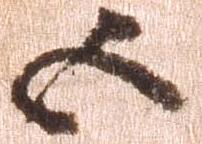
五